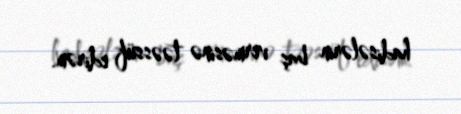
hadisələrin baş verməsinə təəssüf edirəm.